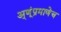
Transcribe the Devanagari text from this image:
अ्णूंप्रमाणेच